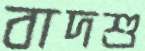
বাদশু